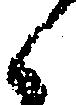
く